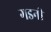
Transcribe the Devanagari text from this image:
गडनी